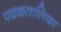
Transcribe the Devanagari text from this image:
पदकतालिका